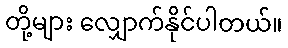
တို့များ လျှောက်နိုင်ပါတယ်။